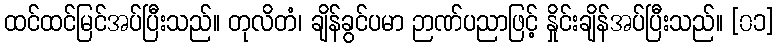
ထင်ထင်မြင်အပ်ပြီးသည်။ တုလိတံ၊ ချိန်ခွင်ပမာ ဉာဏ်ပညာဖြင့် နှိုင်းချိန်အပ်ပြီးသည်။ [၀၁]